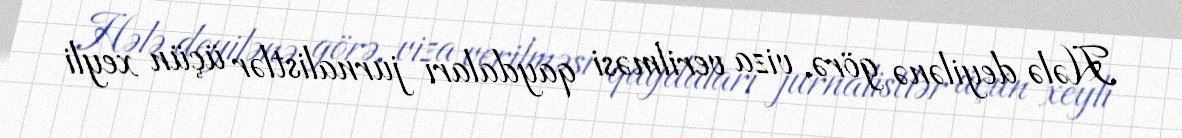
Hələ deyilənə görə, viza verilməsi qaydaları jurnalistlər üçün xeyli